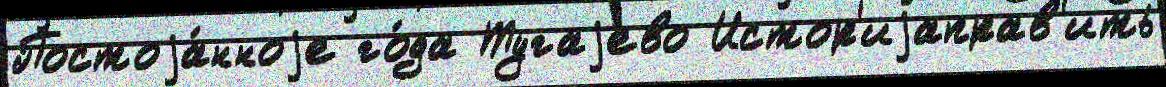
Постоjа́нноjе го́да Тугаjево Истор'иjаправ'ить